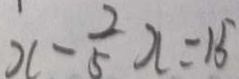
x - \frac { 2 } { 5 } x = 1 5